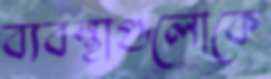
ব্যবস্থাগুলোকে